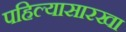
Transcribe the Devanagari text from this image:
पहिल्यासारखा